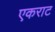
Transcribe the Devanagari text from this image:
एकराट